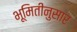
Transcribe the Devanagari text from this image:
भूमितीनुसार